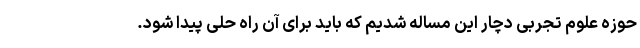
حوزه علوم تجربی دچار این مساله شدیم که باید برای آن راه حلی پیدا شود.